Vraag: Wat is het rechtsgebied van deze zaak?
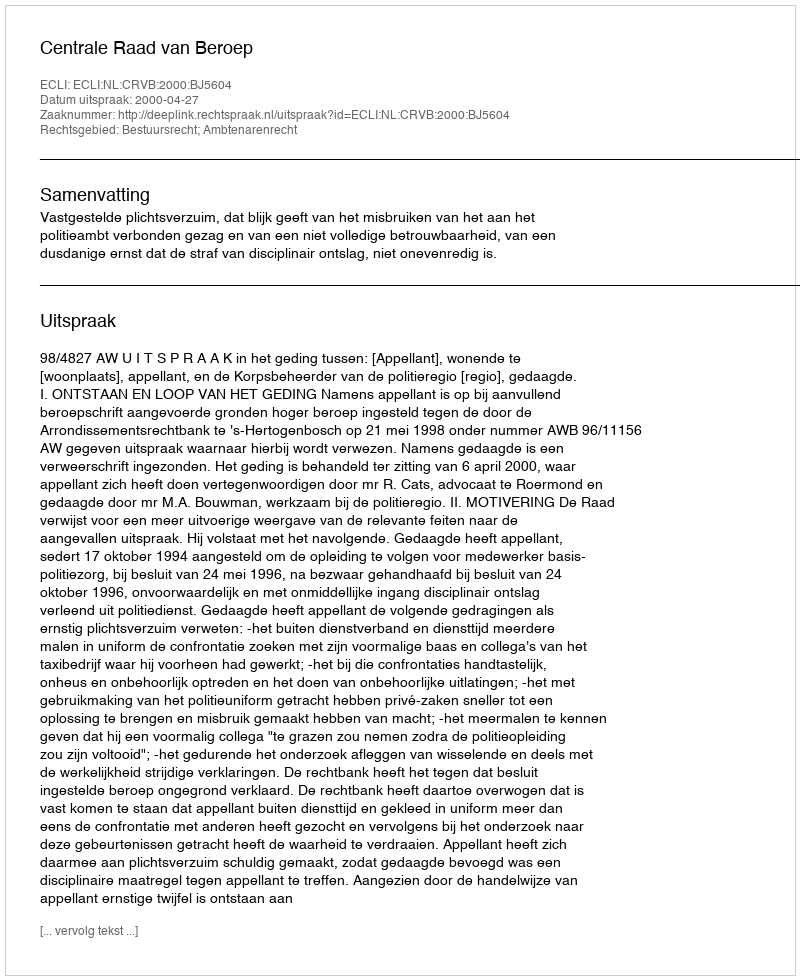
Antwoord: Bestuursrecht; Ambtenarenrecht